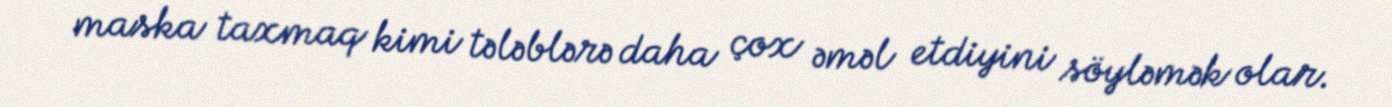
maska taxmaq kimi tələblərə daha çox əməl etdiyini söyləmək olar.